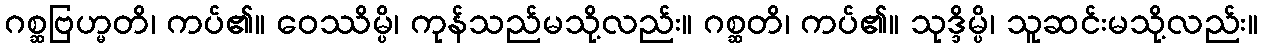
ဂစ္ဆဗြဟ္မတိ၊ ကပ်၏။ ဝေဿိမ္ပိ၊ ကုန်သည်မသို့လည်း။ ဂစ္ဆတိ၊ ကပ်၏။ သုဒ္ဒိမ္ပိ၊ သူဆင်းမသို့လည်း။